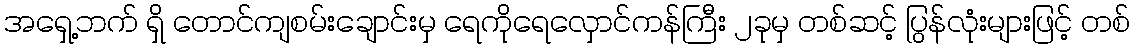
အရှေ့ဘက် ရှိ တောင်ကျစမ်းချောင်းမှ ရေကိုရေလှောင်ကန်ကြီး ၂ခုမှ တစ်ဆင့် ပြွန်လုံးများဖြင့် တစ်